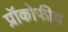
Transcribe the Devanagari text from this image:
प्रॉकोफीव